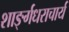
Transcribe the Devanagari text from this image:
शार्ङ्गधराचार्य